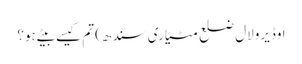
اوڈیرولال ضلع مٹیاری سندھ) تم کیسے بیٹے ہو؟